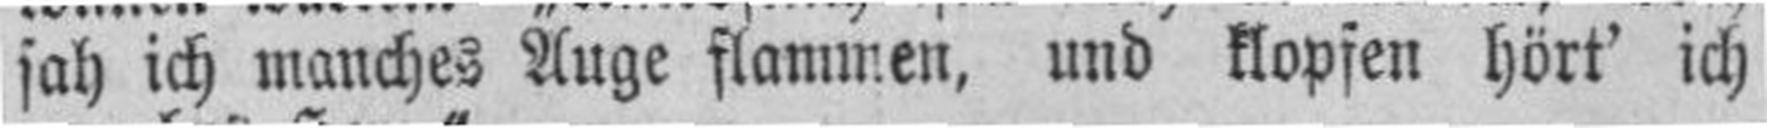
sah ich manches Auge flammen, und klopfen hört' ich